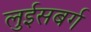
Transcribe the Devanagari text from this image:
लुईसबर्ग